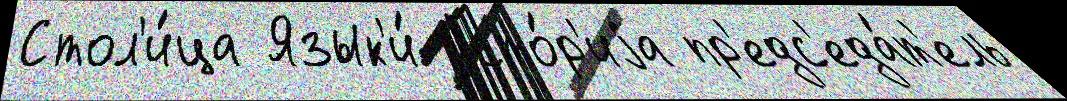
Стол'и́ца Язык'и́ исто́р'иjа пр'едс'еда́т'ель